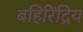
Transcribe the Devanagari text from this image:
बहिरिंद्रिय